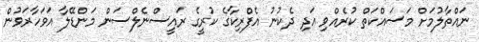
ނައްތާލުމަށް މަސައްކަތް ކުރެއްވި އަދި ދެކުނު އެފްރިކާގެ ކުރީގެ ރައީސްނެލްސަން މަންޑޭލާ އަވަހާރަވުން